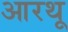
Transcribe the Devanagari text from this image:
आरथू